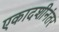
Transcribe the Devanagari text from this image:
एकादशीनंतर